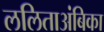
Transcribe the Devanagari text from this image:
ललिताअंबिका